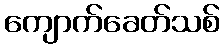
ကျောက်ခေတ်သစ်